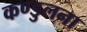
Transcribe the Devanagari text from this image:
कण्डुलना